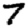
Digit: 7